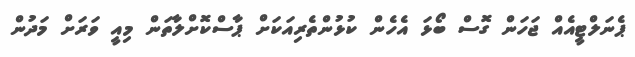
ޕެނަލްޓީއެއް ޖަހަން ގޮސް ބޯޅަ އެހެން ކުޅުންތެރިއަކަށް ޕާސްކޮށްލާތަން މިއީ ވަރަށް މަދުން